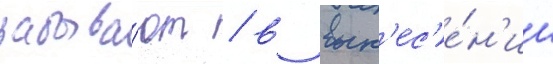
забыва́ют / в вын'ес'е́н'ии